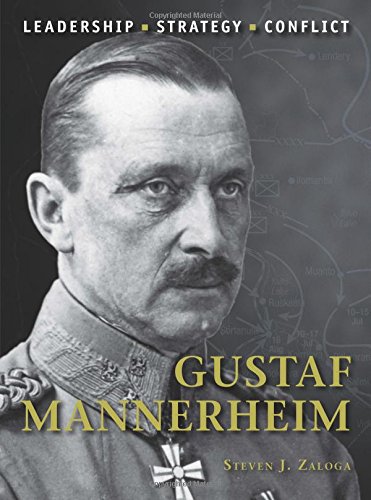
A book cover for Gustaf Mannerheim (Command); Steven J. Zaloga; History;